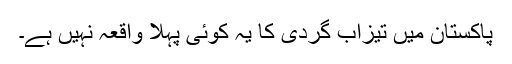
پاکستان میں تیزاب گردی کا یہ کوئی پہلا واقعہ نہیں ہے۔